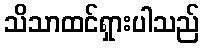
သိသာထင်ရှားပါသည်